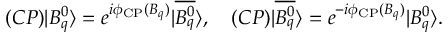
( { \cal C P } ) | B _ { q } ^ { 0 } \rangle = e ^ { i \phi _ { \mathrm { C P } } ( B _ { q } ) } | \overline { { { B _ { q } ^ { 0 } } } } \rangle , \quad ( { \cal C P } ) | \overline { { { B _ { q } ^ { 0 } } } } \rangle = e ^ { - i \phi _ { \mathrm { C P } } ( B _ { q } ) } | B _ { q } ^ { 0 } \rangle .